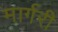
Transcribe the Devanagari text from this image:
मार्गरी